Annual report of the Camel Specialist
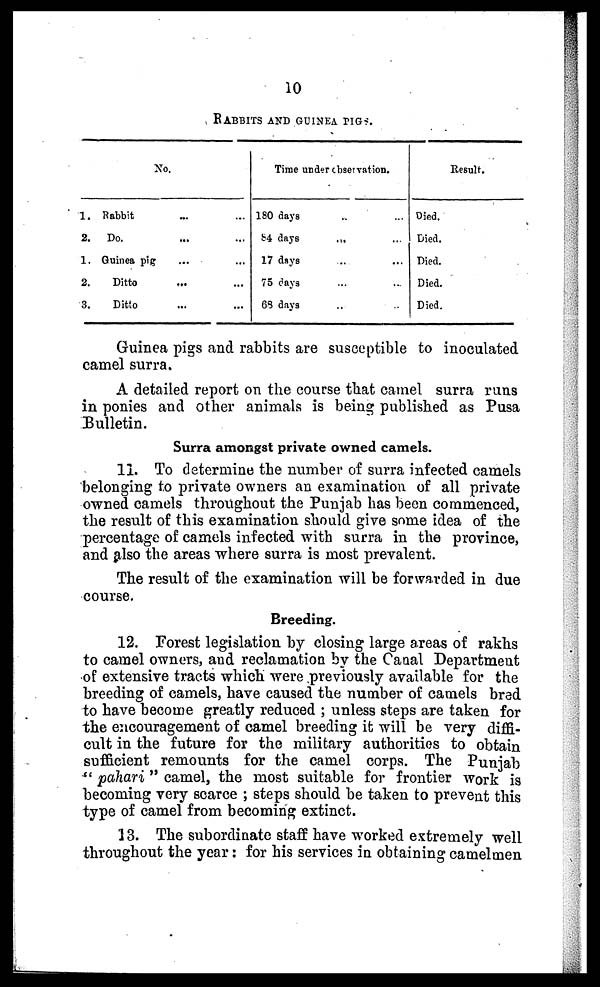
10
RABBITS AND GUINEA PIGS.
1.
2.
1.
2.
3.
No.
Rabbit ... ...
Do. ... ...
Guinea pig ... ...
Ditto ... ...
Ditto ... ...
Time under observation.
180 days ...
84 days
...
17 days ...
75 days ...
68 days ...
...
...
...
...
...
Result.
Died.
Died.
Died.
Died.
Died.
Guinea pigs and rabbits are susceptible to inoculated
camel surra.
A detailed report on the course that camel surra runs
in ponies and other animals is being published as Pusa
Bulletin.
Surra amongst private owned camels.
11. To determine the number of surra infected camels
belonging to private owners an examination of all private
owned camels throughout the Punjab has been commenced,
the result of this examination should give some idea of the
percentage of camels infected with surra in the province,
and also the areas where surra is most prevalent.
The result of the examination will be forwarded in due
course.
Breeding.
12. Forest legislation by closing large areas of rakhs
to camel owners, and reclamation by the Canal Department
of extensive tracts which were previously available for the
breeding of camels, have caused the number of camels bred
to have become greatly reduced ; unless steps are taken for
the encouragement of camel breeding it will be very diffi-
cult in the future for the military authorities to obtain
sufficient remounts for the camel corps. The Punjab
" pahari " camel, the most suitable for frontier work is
becoming very scarce ; steps should be taken to prevent this
type of camel from becoming extinct.
13. The subordinate staff have worked extremely well
throughout the year : for his services in obtaining camelmen